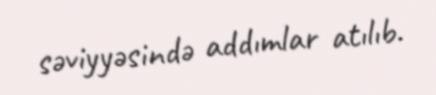
səviyyəsində addımlar atılıb.